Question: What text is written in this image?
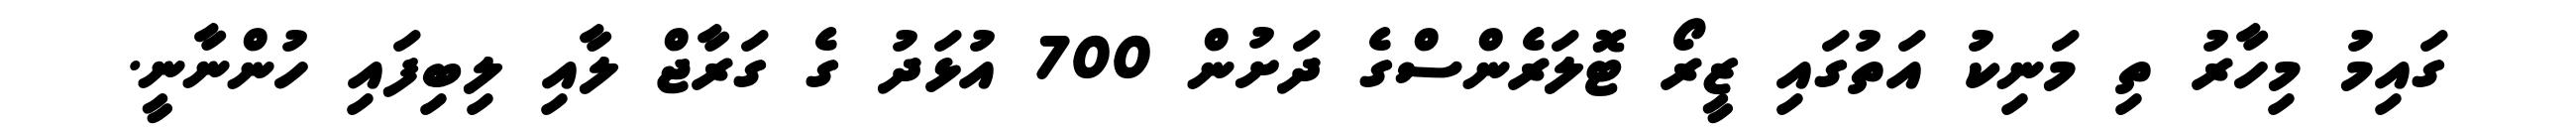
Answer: ގައިމު މިހާރު ތި މަނިކު އަތުގައި ޒީރޯ ޓޮލަރެންސްގެ ދަށުން 700 އުޅަދު ގެ ގަރާޖް ލާއި ލިބިފައި ހުންނާނީ.